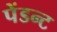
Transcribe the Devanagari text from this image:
पेंडन्ट